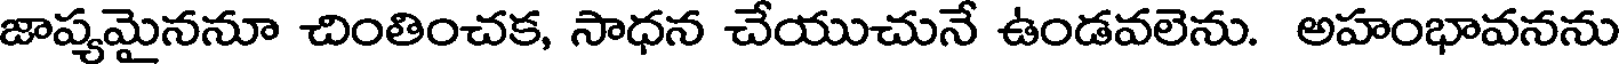
జాప్యమైననూ చింతించక, సాధన చేయుచునే ఉండవలెను. అహంభావనను